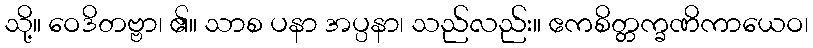
သို့။ ဝေဒိတဗ္ဗာ၊ ၏။ သာစ ပနာ အပ္ပနာ၊ သည်လည်း။ ဧကစိတ္တက္ခဏိကာယေဝ၊